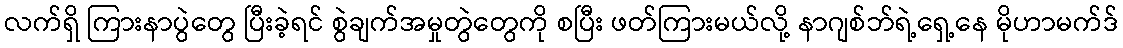
လက်ရှိ ကြားနာပွဲတွေ ပြီးခဲ့ရင် စွဲချက်အမှုတွဲတွေကို စပြီး ဖတ်ကြားမယ်လို့ နာဂျစ်ဘ်ရဲ့ရှေ့နေ မိုဟာမက်ဒ်